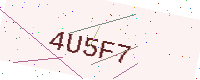
Text: 4U5F7